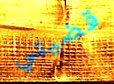
قضيتي